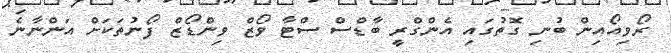
ރޯވިއޯއިން ބުނި ގޮތުގައި އެންގްރީ ބާޑްސް ސްޓާ ވޯޒް ވިންޑޯޒް ފޯނުތަކަށް އަންނާނެ